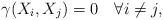
\begin{align*} \gamma(X_i,X_j)=0 \quad\forall i\neq j, \end{align*}